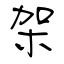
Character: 架